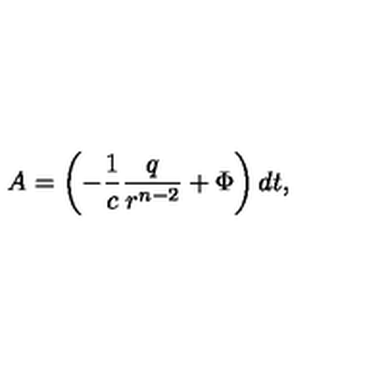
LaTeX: A = \left( - { \frac { 1 } { c } } { \frac { q } { r ^ { n - 2 } } } + \Phi \right) d t ,